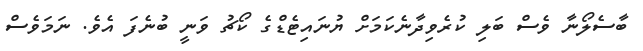
ބާސެލޯނާ ވެސް ބަލި ކުރެވިދާނެކަމަށް ޔުނައިޓެޑްގެ ކޯޗުު ވަނީ ބުނެފަ އެވެ. ނަމަވެސް